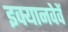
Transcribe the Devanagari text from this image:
इक्यानवेवें